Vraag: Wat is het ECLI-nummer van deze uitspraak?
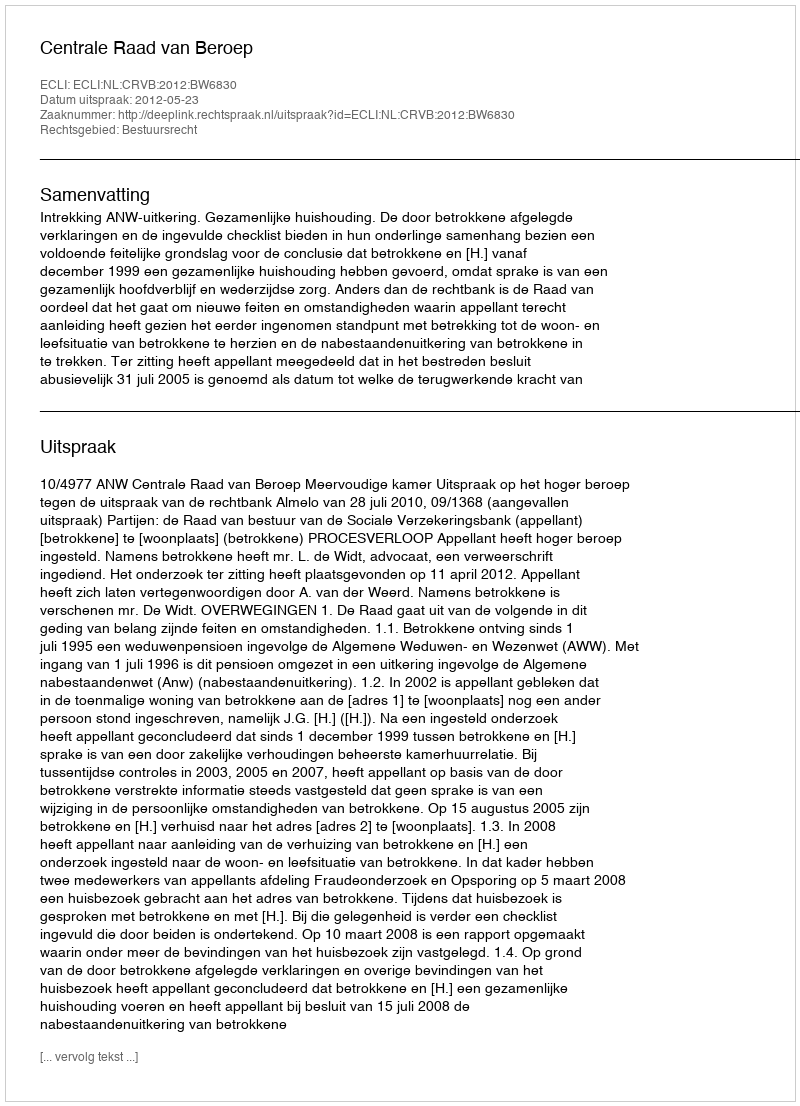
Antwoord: ECLI:NL:CRVB:2012:BW6830